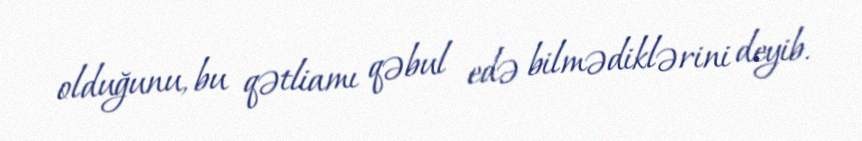
olduğunu, bu qətliamı qəbul edə bilmədiklərini deyib.